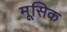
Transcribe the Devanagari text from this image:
मूसिक